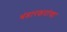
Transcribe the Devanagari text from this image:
भंडारकरांचा